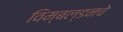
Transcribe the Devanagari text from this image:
विम्बल्डनचे